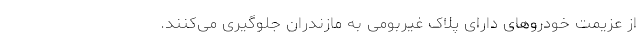
از عزیمت خودرو‌های دارای پلاک غیربومی به مازندران جلوگیری می‌کنند.